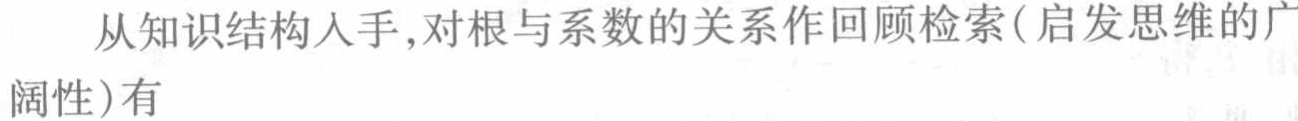
从知识结构入手,对根与系数的关系作回顾检索(启发思维的广阔性)有